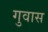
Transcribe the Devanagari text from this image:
गुवास